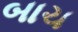
બાચ